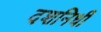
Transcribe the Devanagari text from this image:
दशनिधी